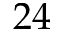
2 4